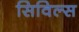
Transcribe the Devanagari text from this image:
सिविल्स